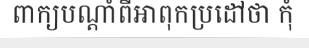
ពាក្យបណ្តាំពីអាពុកប្រដៅថា កុំ